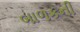
બાળકની